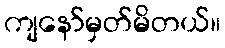
ကျနော်မှတ်မိတယ်။